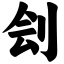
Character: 刽